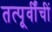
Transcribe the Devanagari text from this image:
तत्पूर्वींचीं